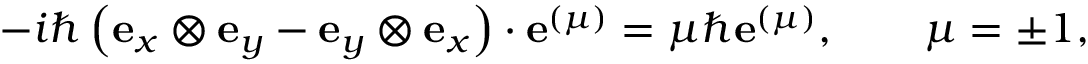
- i \hbar \left( \mathbf { e } _ { x } \otimes \mathbf { e } _ { y } - \mathbf { e } _ { y } \otimes \mathbf { e } _ { x } \right) \cdot \mathbf { e } ^ { ( \mu ) } = \mu \hbar \mathbf { e } ^ { ( \mu ) } , \qquad \mu = \pm 1 ,